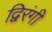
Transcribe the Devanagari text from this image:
द्विरंगी